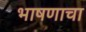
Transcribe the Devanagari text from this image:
भाषणाचा